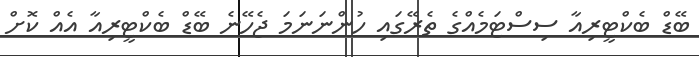
ބޭޑް ބެކްޓީރިއާ ސިސްޓަމެއްގެ ތެރޭގައި ހުންނަނަމަ ޖެހޭނެ ބޭޑް ބެކްޓީރިއާ އެއް ކޮށް